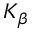
K _ { \beta }